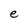
Character: e